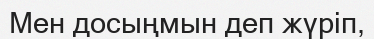
Мен досыңмын деп жүріп,